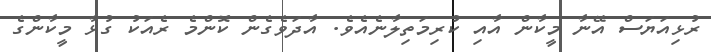
ރުޅިއަޔަސް އޭނާ މީކާން އާއި ކުރިމަތިލާނެއެވެ. އާދަވެގެން ކޮންމެ ރެއަކު ގުޅާ މީކާންގެ